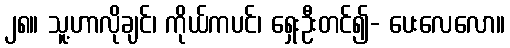
၂၈။ သူ့ဟာလိုချင်၊ ကိုယ်ကပင်၊ ရှေးဦးတင်၍- ပေးလေလော။